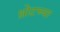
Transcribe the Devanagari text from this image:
थ्रोटच्या